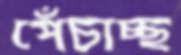
পেঁচাচ্ছ